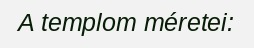
A templom méretei: